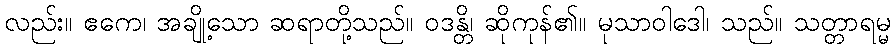
လည်း။ ဧကေ၊ အချို့သော ဆရာတို့သည်။ ဝဒန္တိ၊ ဆိုကုန်၏။ မုသာဝါဒေါ၊ သည်။ သတ္တာရမ္မ